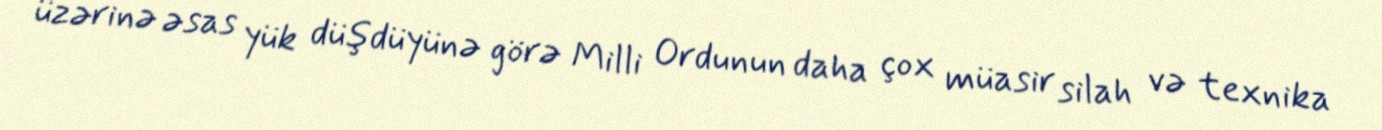
üzərinə əsas yük düşdüyünə görə Milli Ordunun daha çox müasir silah və texnika